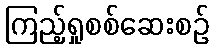
ကြည့်ရှုစစ်ဆေးစဉ်